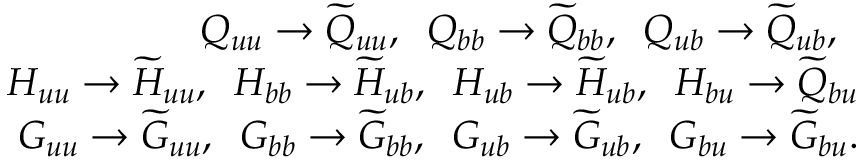
\begin{array} { r l r } & { } & { Q _ { u u } \to \widetilde { Q } _ { u u } , \; \; Q _ { b b } \to \widetilde { Q } _ { b b } , \; \; Q _ { u b } \to \widetilde { Q } _ { u b } , \; \; } \\ & { } & { H _ { u u } \to \widetilde { H } _ { u u } , \; \; H _ { b b } \to \widetilde { H } _ { u b } , \; \; H _ { u b } \to \widetilde { H } _ { u b } , \; \; H _ { b u } \to \widetilde { Q } _ { b u } } \\ & { } & { G _ { u u } \to \widetilde { G } _ { u u } , \; \; G _ { b b } \to \widetilde { G } _ { b b } , \; \; G _ { u b } \to \widetilde { G } _ { u b } , \; \; G _ { b u } \to \widetilde { G } _ { b u } . } \end{array}